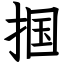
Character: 掴